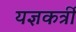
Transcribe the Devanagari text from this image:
यज्ञकर्त्री